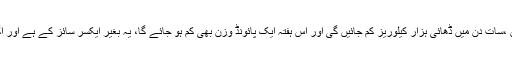
اگر جسم کو ڈھائی ہزار کیلوریز کی ضرورت ہے تو ڈھائی کے بجائے دو ہزار کیلوریز کھائیں ،سات دن میں ڈھائی ہزار کیلوریز کم جائیں گی اور اس ہفتہ ایک پائونڈ وزن بھی کم ہو جائے گا، یہ بغیر ایکسر سائز کے ہے اور اگر ساتھ ساتھ ورزش سے بھی روزآنہ پانچ سو کیلوریز جلائی تو ایک پائونڈ اور وزن کم ہو گا ۔